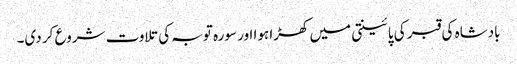
بادشاہ کی قبر کی پائینتی میں کھڑا ہوا اور سورہ توبہ کی تلاوت شروع کر دی۔